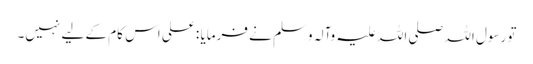
تو رسول اللہ صلی اللہ علیہ وآلہ وسلم نے فرمایا : علی اس کام کے لیے نہیں۔